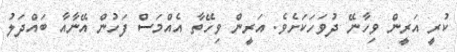
ކުރީ އަރީން ވިހާނޭ ދުވަހަކަށެވެ. އަރީން ވިހޭތާ އެއްމަސް ފަހުން އޭނާއާ ބައްދަލު